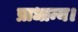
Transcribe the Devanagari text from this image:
प्राधान्य।